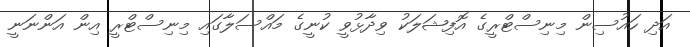
އަދި ހައުސިން މިނިސްޓްރީގެ އޮފިޝަލަކު ވިދާޅުވީ ކުނީގެ މައްސަލާގައި މިނިސްޓްރީ އިން އަންނަނީ